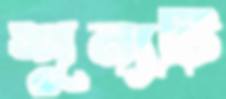
শূন্যটি